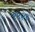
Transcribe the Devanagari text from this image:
१९२१़